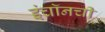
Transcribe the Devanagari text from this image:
इंचॉनची